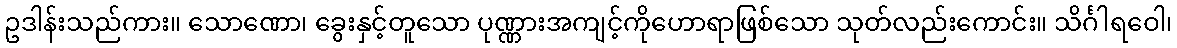
ဥဒါန်းသည်ကား။ သောဏော၊ ခွေးနှင့်တူသော ပုဏ္ဏားအကျင့်ကိုဟောရာဖြစ်သော သုတ်လည်းကောင်း။ သိင်္ဂါရဝေါ၊